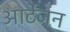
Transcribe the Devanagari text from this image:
आर्टेजन